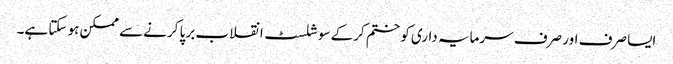
ایسا صرف اور صرف سرمایہ داری کو ختم کرکے سوشلسٹ انقلاب برپا کرنے سے ممکن ہو سکتا ہے۔